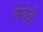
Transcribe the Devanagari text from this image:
मेथेई